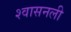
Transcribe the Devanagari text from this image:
श्‍वासनली